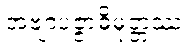
အဗျာပဇ္ဇာဓိမုတ္တဿ